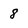
Character: 8